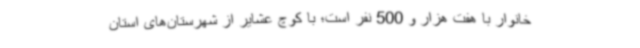
خانوار با هفت هزار و 500 نفر است؛ با کوچ عشایر از شهرستان‌های استان